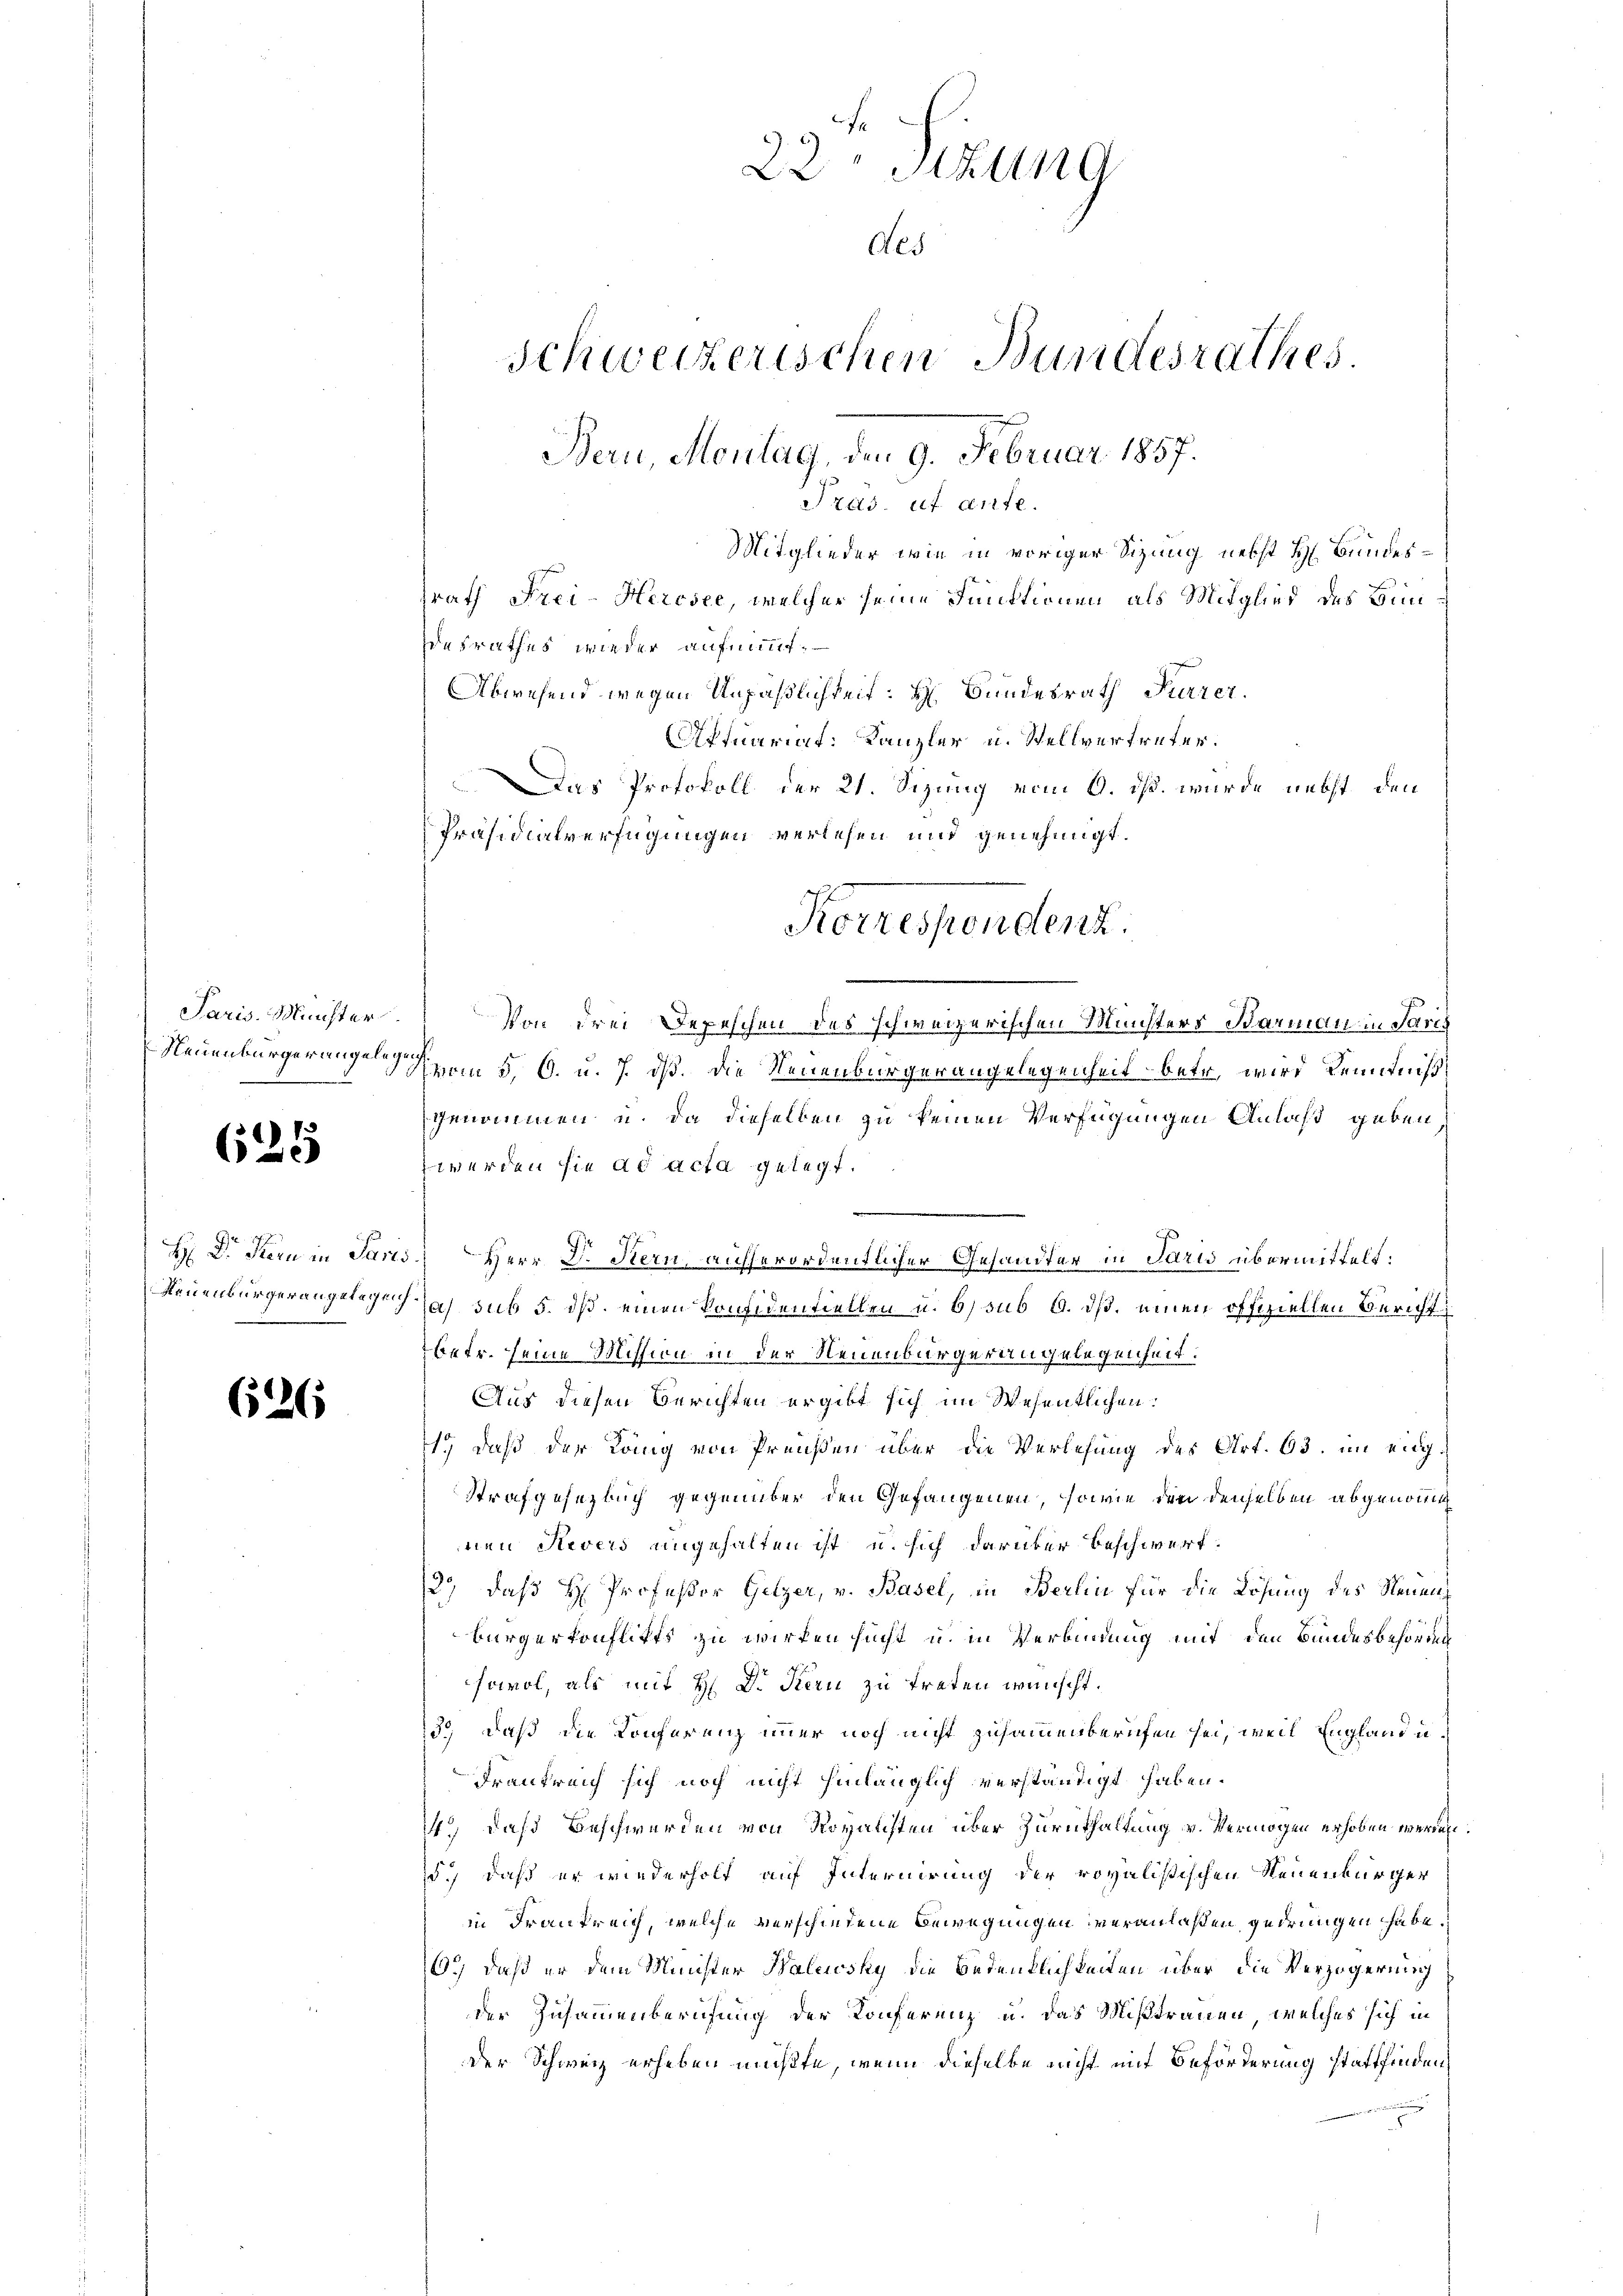
Paris. Minister
Neuenburger angeln.
d

625

H: Dr. Kern in Pari
Neuenburger angelegen

626

22 Stzung
Aes
Schweizerischen Bundesrathes
Bern, Montag, den 9. Februar 1857.
Tras uf ante.
Mitglieder wie in voriger Sizung nebst H. Bundessrath Frei-Hercsee, welcher seine Funktionen als Mitglied des Bun¬

esrathes wieder aufnimmt.
Abwesend wegen Unpäßlichkeit: Hr. Bundesrath Furrer
fquariat: Kanzler u. Stellvertreter.
Das Protokoll der 21. Sizung vom 9. ds. wurde nebst, den
Präsidialverfügungen verlesen und genehmigt.
Von drei Depeschen des schweizerischen Münsters Baumann in Paris
d
vom 5. 6. u. 7. dß. die Neuenburgerangelegenheit betr. wird Kenntniß
genommen u. da dieselben zu keinen Verfügungen Anlaß geben
werden sie ad acta gelegt.

177
Herr Dr. Stern, ausserordentlicher Gesandter in Paris übermittelt:
Jas sub 5. ds. einen Konfidentiellen u. 6) sub 6. ds. einen offiziellen Bericht
betr. seine Mission in der Neuenburgerangelegenheit:
Aus diesen Berichten ergibt sich im Wesentlichen:
s., daß der Lang von Preußen über die Verlesung des Art. 63. im eng¬
Strafgesetzbuch gegenüber den Gefangenen, sowie den denselben abgenom
nen Revers angehalten ist u. sich darüber beschwert.
129, daß H. Professor Gelzer, v. Basel, in Berlin für die Lösung des Neuen
Bürgertonflikts zu wirken sucht u. in Verbindung mit den Bundesbehörden
sowol, als mit H. Dr Kern zu treten wünscht.
3.) Daß die Konferenz immer noch nicht zusammenberufen sei, weil England u.
Frankreich sich noch nicht hinlänglich verständigt haben.
14. daß Beschwerden von Royansten über Zurükhaltung v. Vermögen erhoben werden
d.) daß er wiederholt auf Internirung der royalistischen Neuenbürger
in Frankreich, welche verschiedene Bewegungen veranlaßen, gedrungen habe.
6.) Daß er dem Minister Balewsky die Bedenklichkeiten über die Verzögerung
der Zusammenberufung der Konferenz u. das Mißtrauen, welches sich in
der Schweiz erheben müßte, wenn dieselbe nicht mit Beförderung stattfinden,
oren

Korrespondenz.